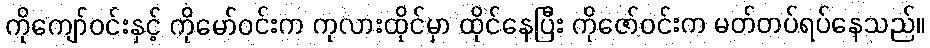
ကိုကျော်ဝင်းနှင့် ကိုမော်ဝင်းက ကုလားထိုင်မှာ ထိုင်နေပြီး ကိုဇော်ဝင်းက မတ်တပ်ရပ်နေသည်။